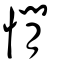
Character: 憪